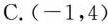
C.(-1，4)